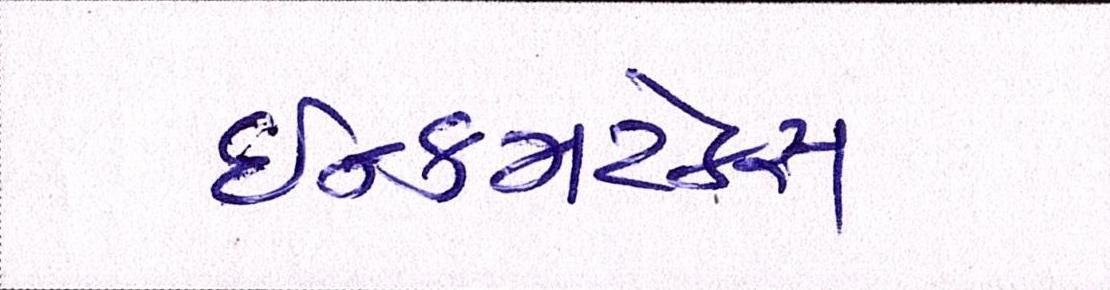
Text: ઇન્કમટેક્સ